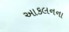
આકલનના